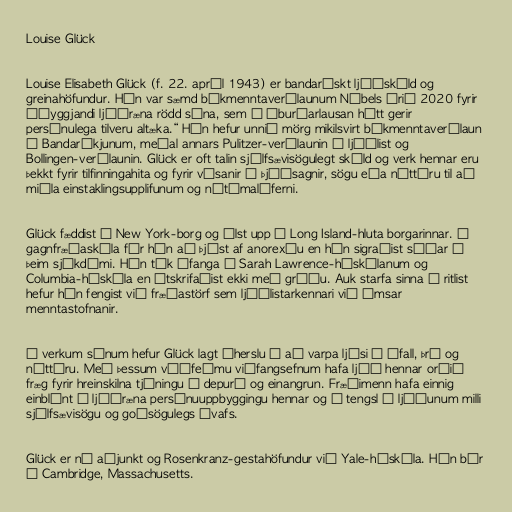
Louise Glück

Louise Elisabeth Glück (f. 22. apríl 1943) er bandarískt ljóðskáld og
greinahöfundur. Hún var sæmd bókmenntaverðlaunum Nóbels árið 2020 fyrir
„óyggjandi ljóðræna rödd sína, sem á íburðarlausan hátt gerir
persónulega tilveru altæka.“ Hún hefur unnið mörg mikilsvirt bókmenntaverðlaun
í Bandaríkjunum, meðal annars Pulitzer-verðlaunin í ljóðlist og
Bollingen-verðlaunin. Glück er oft talin sjálfsævisögulegt skáld og verk hennar eru
þekkt fyrir tilfinningahita og fyrir vísanir í þjóðsagnir, sögu eða náttúru til að
miðla einstaklingsupplifunum og nútímalíferni.

Glück fæddist í New York-borg og ólst upp í Long Island-hluta borgarinnar. Í
gagnfræðaskóla fór hún að þjást af anorexíu en hún sigraðist síðar á
þeim sjúkdómi. Hún tók áfanga í Sarah Lawrence-háskólanum og
Columbia-háskóla en útskrifaðist ekki með gráðu. Auk starfa sinna í ritlist
hefur hún fengist við fræðastörf sem ljóðlistarkennari við ýmsar
menntastofnanir.

Í verkum sínum hefur Glück lagt áherslu á að varpa ljósi á áfall, þrá og
náttúru. Með þessum víðfeðmu viðfangsefnum hafa ljóð hennar orðið
fræg fyrir hreinskilna tjáningu á depurð og einangrun. Fræðimenn hafa einnig
einblínt á ljóðræna persónuuppbyggingu hennar og á tengsl í ljóðunum milli
sjálfsævisögu og goðsögulegs ívafs.

Glück er nú aðjunkt og Rosenkranz-gestahöfundur við Yale-háskóla. Hún býr
í Cambridge, Massachusetts.